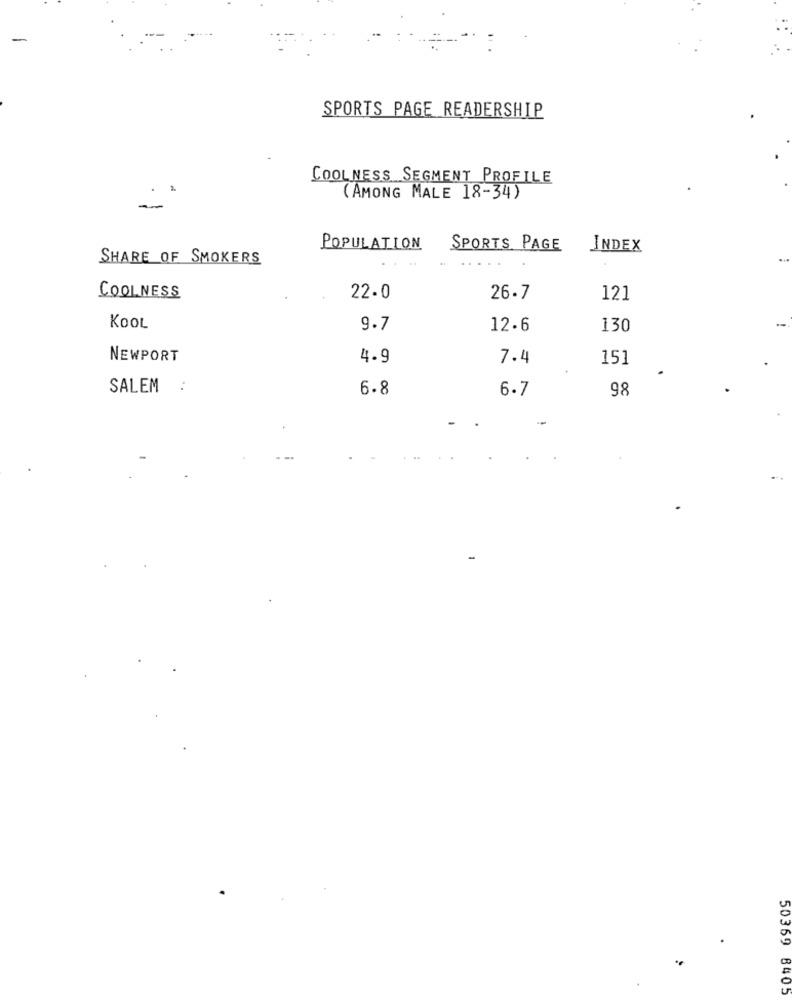
-
SPORTS PAGE READERSHIP
COOLNESS SEGMENT PROFILE
(AMONG MALE 18-34)
POPULATION
SPORTS PAGE
INDEX
SHARE OF SMOKERS
COOLNESS
22.0
26.7
121
KOOL
9.7
12.6
130
NEWPORT
4.9
7.4
151
SALEM :
6.8
6.7
98
50369 8405